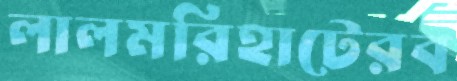
লালমরিহাটেরব